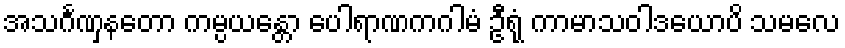
အသင်္ဂဏှနတော ကမ္ပယန္တော ပေါရာဏကဂါမံ ဦရုံ ကာမာသဝါဒယောပိ သမလေ